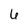
Character: 6